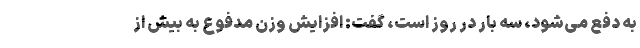
به دفع می‌شود، سه بار در روز است، گفت: افزایش وزن مدفوع به بیش از